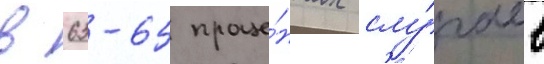
в 63-65 проце́нтах слу́чаев